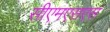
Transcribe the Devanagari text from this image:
सीएमएसएस